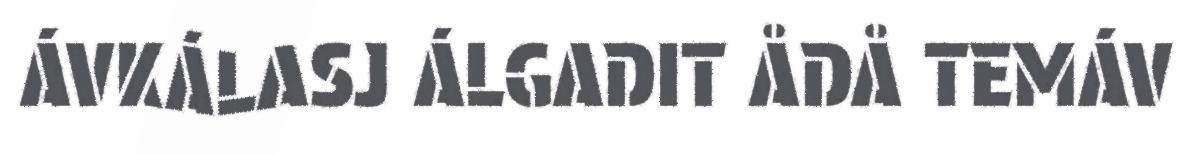
ÁVKÁLASJ ÁLGADIT ÅDÅ TEMÁV